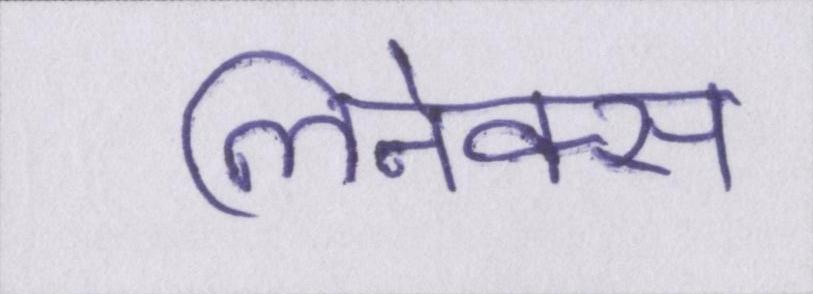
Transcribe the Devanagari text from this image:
लिनेक्स